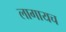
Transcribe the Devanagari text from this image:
लागायच